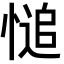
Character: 𢟋